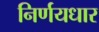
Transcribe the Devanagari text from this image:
निर्णयधार